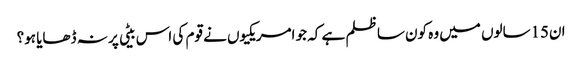
ان15سالوں میں وہ کون سا ظلم ہے کہ جو امریکیوں نے قوم کی اس بیٹی پر نہ ڈھایا ہو؟